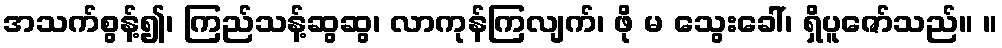
အသက်စွန့်၍၊ ကြည်သန့်ဆွဆွ၊ လာကုန်ကြလျက်၊ ဖို မ သွေးခေါ်၊ ရှိပူဇော်သည်။ ။